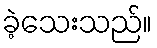
ခဲ့သေးသည်။